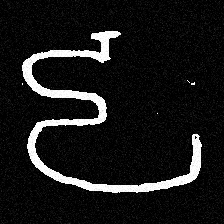
Pyu character \u2014 Myanmar letter: ဠ (romanized: lla)